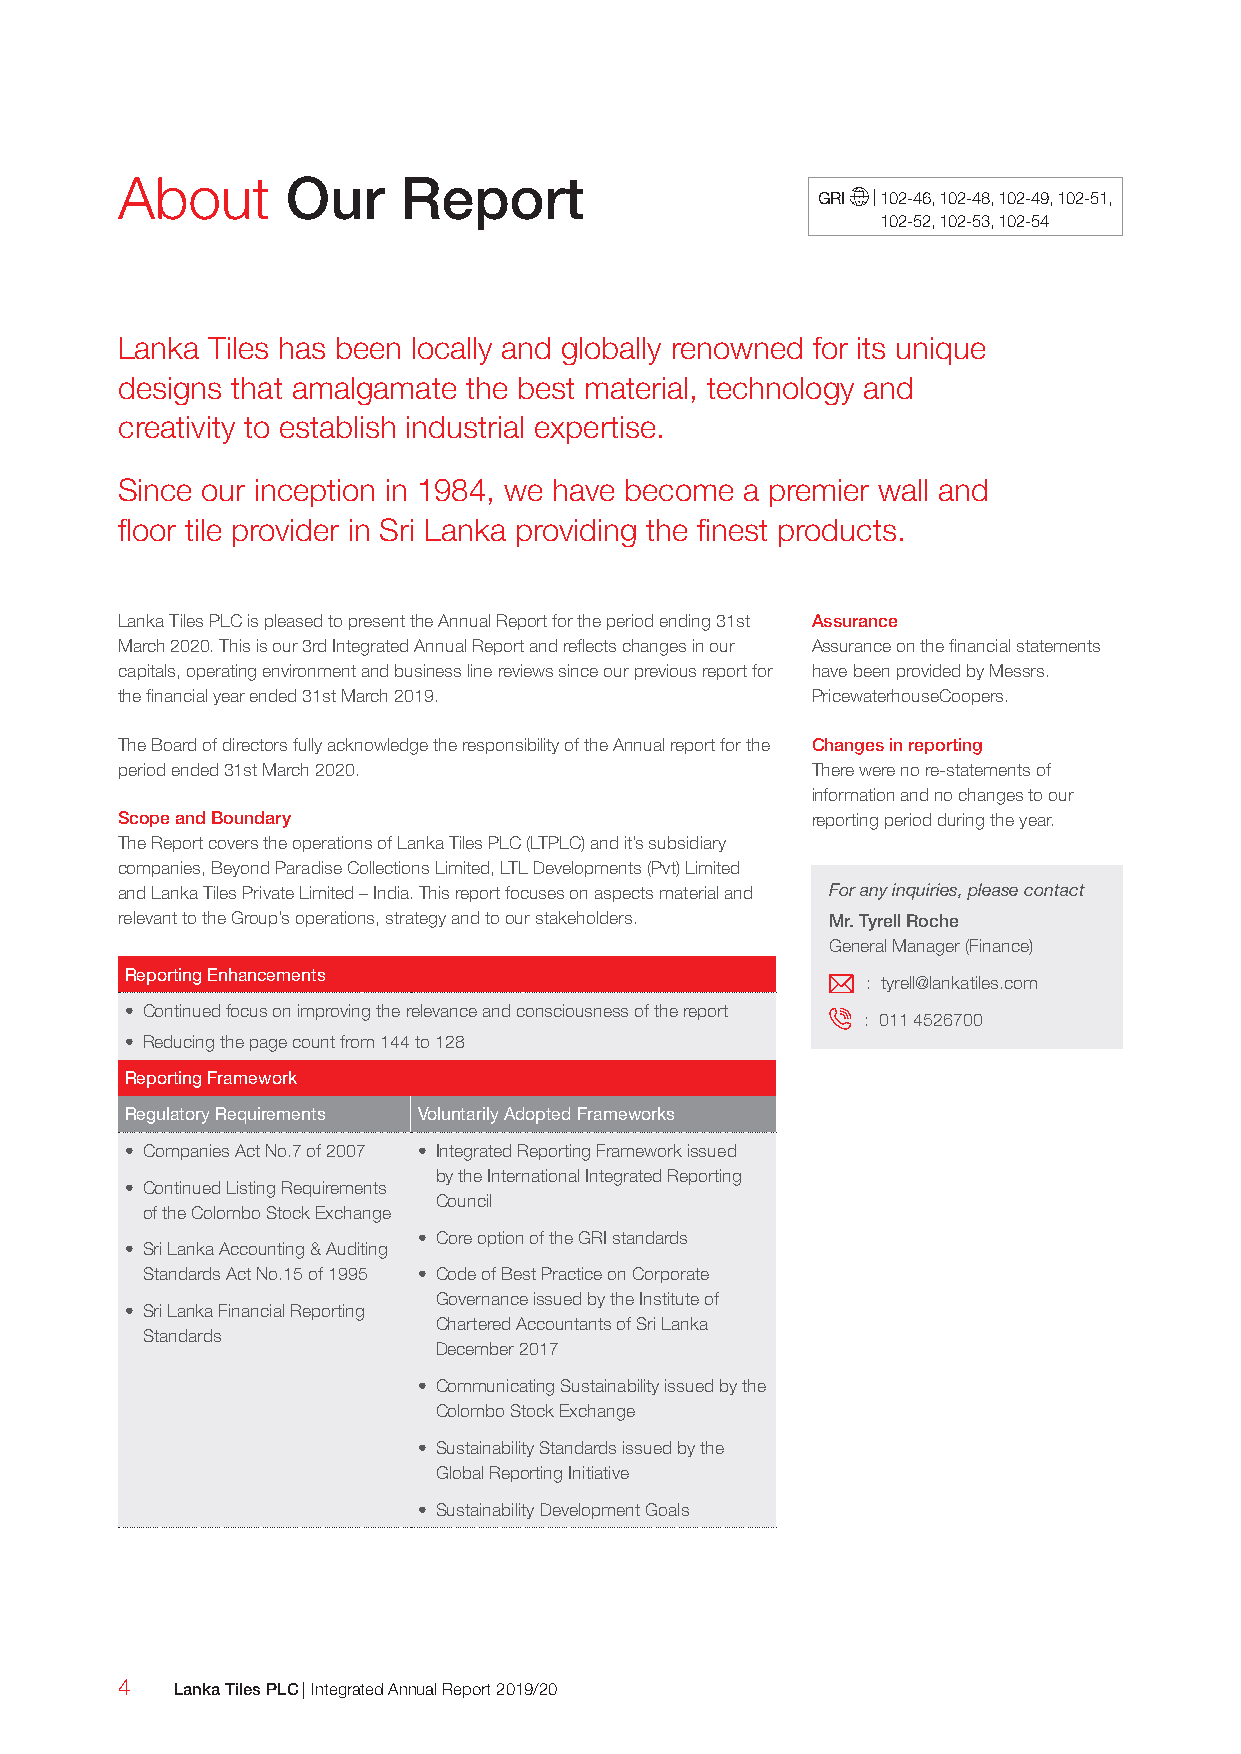
About      Our    Report
 GRI | 102-46, 102-48, 102-49, 102-51,
 102-52, 102-53, 102-54
 Lanka Tiles has been locally and globally renowned for its unique
 designs that amalgamate the best material, technology and
 creativity to establish industrial expertise.
 Since our inception in 1984, we have become a premier wall and
 floor tile provider in Sri Lanka providing the finest products.
 Lanka Tiles PLC is pleased to present the Annual Report for the period ending 31st Assurance
 March 2020. This is our 3rd Integrated Annual Report and reflects changes in our Assurance on the financial statements
 capitals, operating environment and business line reviews since our previous report for have been provided by Messrs.
 the financial year ended 31st March 2019.     PricewaterhouseCoopers.
 The Board of directors fully acknowledge the responsibility of the Annual report for the Changes in reporting
 period ended 31st March 2020.                 There were no re-statements of
 information and no changes to our
 Scope and Boundary                            reporting period during the year.
 The Report covers the operations of Lanka Tiles PLC (LTPLC) and it’s subsidiary
 companies, Beyond Paradise Collections Limited, LTL Developments (Pvt) Limited
 and Lanka Tiles Private Limited – India. This report focuses on aspects material and For any inquiries, please contact
 relevant to the Group’s operations, strategy and to our stakeholders. Mr. Tyrell Roche
 General Manager (Finance)
 Reporting Enhancements
 : tyrell@lankatiles.com
 • Continued focus on improving the relevance and consciousness of the report
 : 011 4526700
 • Reducing the page count from 144 to 128
 Reporting Framework
 Regulatory Requirements Voluntarily Adopted Frameworks
 • Companies Act No.7 of 2007 • Integrated Reporting Framework issued
 by the International Integrated Reporting
 • Continued Listing Requirements
 Council
 of the Colombo Stock Exchange
 • Core option of the GRI standards
 • Sri Lanka Accounting & Auditing
 Standards Act No.15 of 1995 • Code of Best Practice on Corporate
 Governance issued by the Institute of
 • Sri Lanka Financial Reporting
 Chartered Accountants of Sri Lanka
 Standards
 December 2017
 • Communicating Sustainability issued by the
 Colombo Stock Exchange
 • Sustainability Standards issued by the
 Global Reporting Initiative
 • Sustainability Development Goals
 4   Lanka Tiles PLC | Integrated Annual Report 2019/20